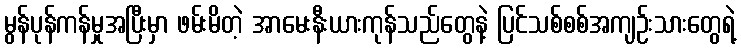
မွန်ပုန်ကန်မှုအပြီးမှာ ဖမ်းမိတဲ့ အာမေးနီးယားကုန်သည်တွေနဲ့ ပြင်သစ်စစ်အကျဉ်းသားတွေရဲ့